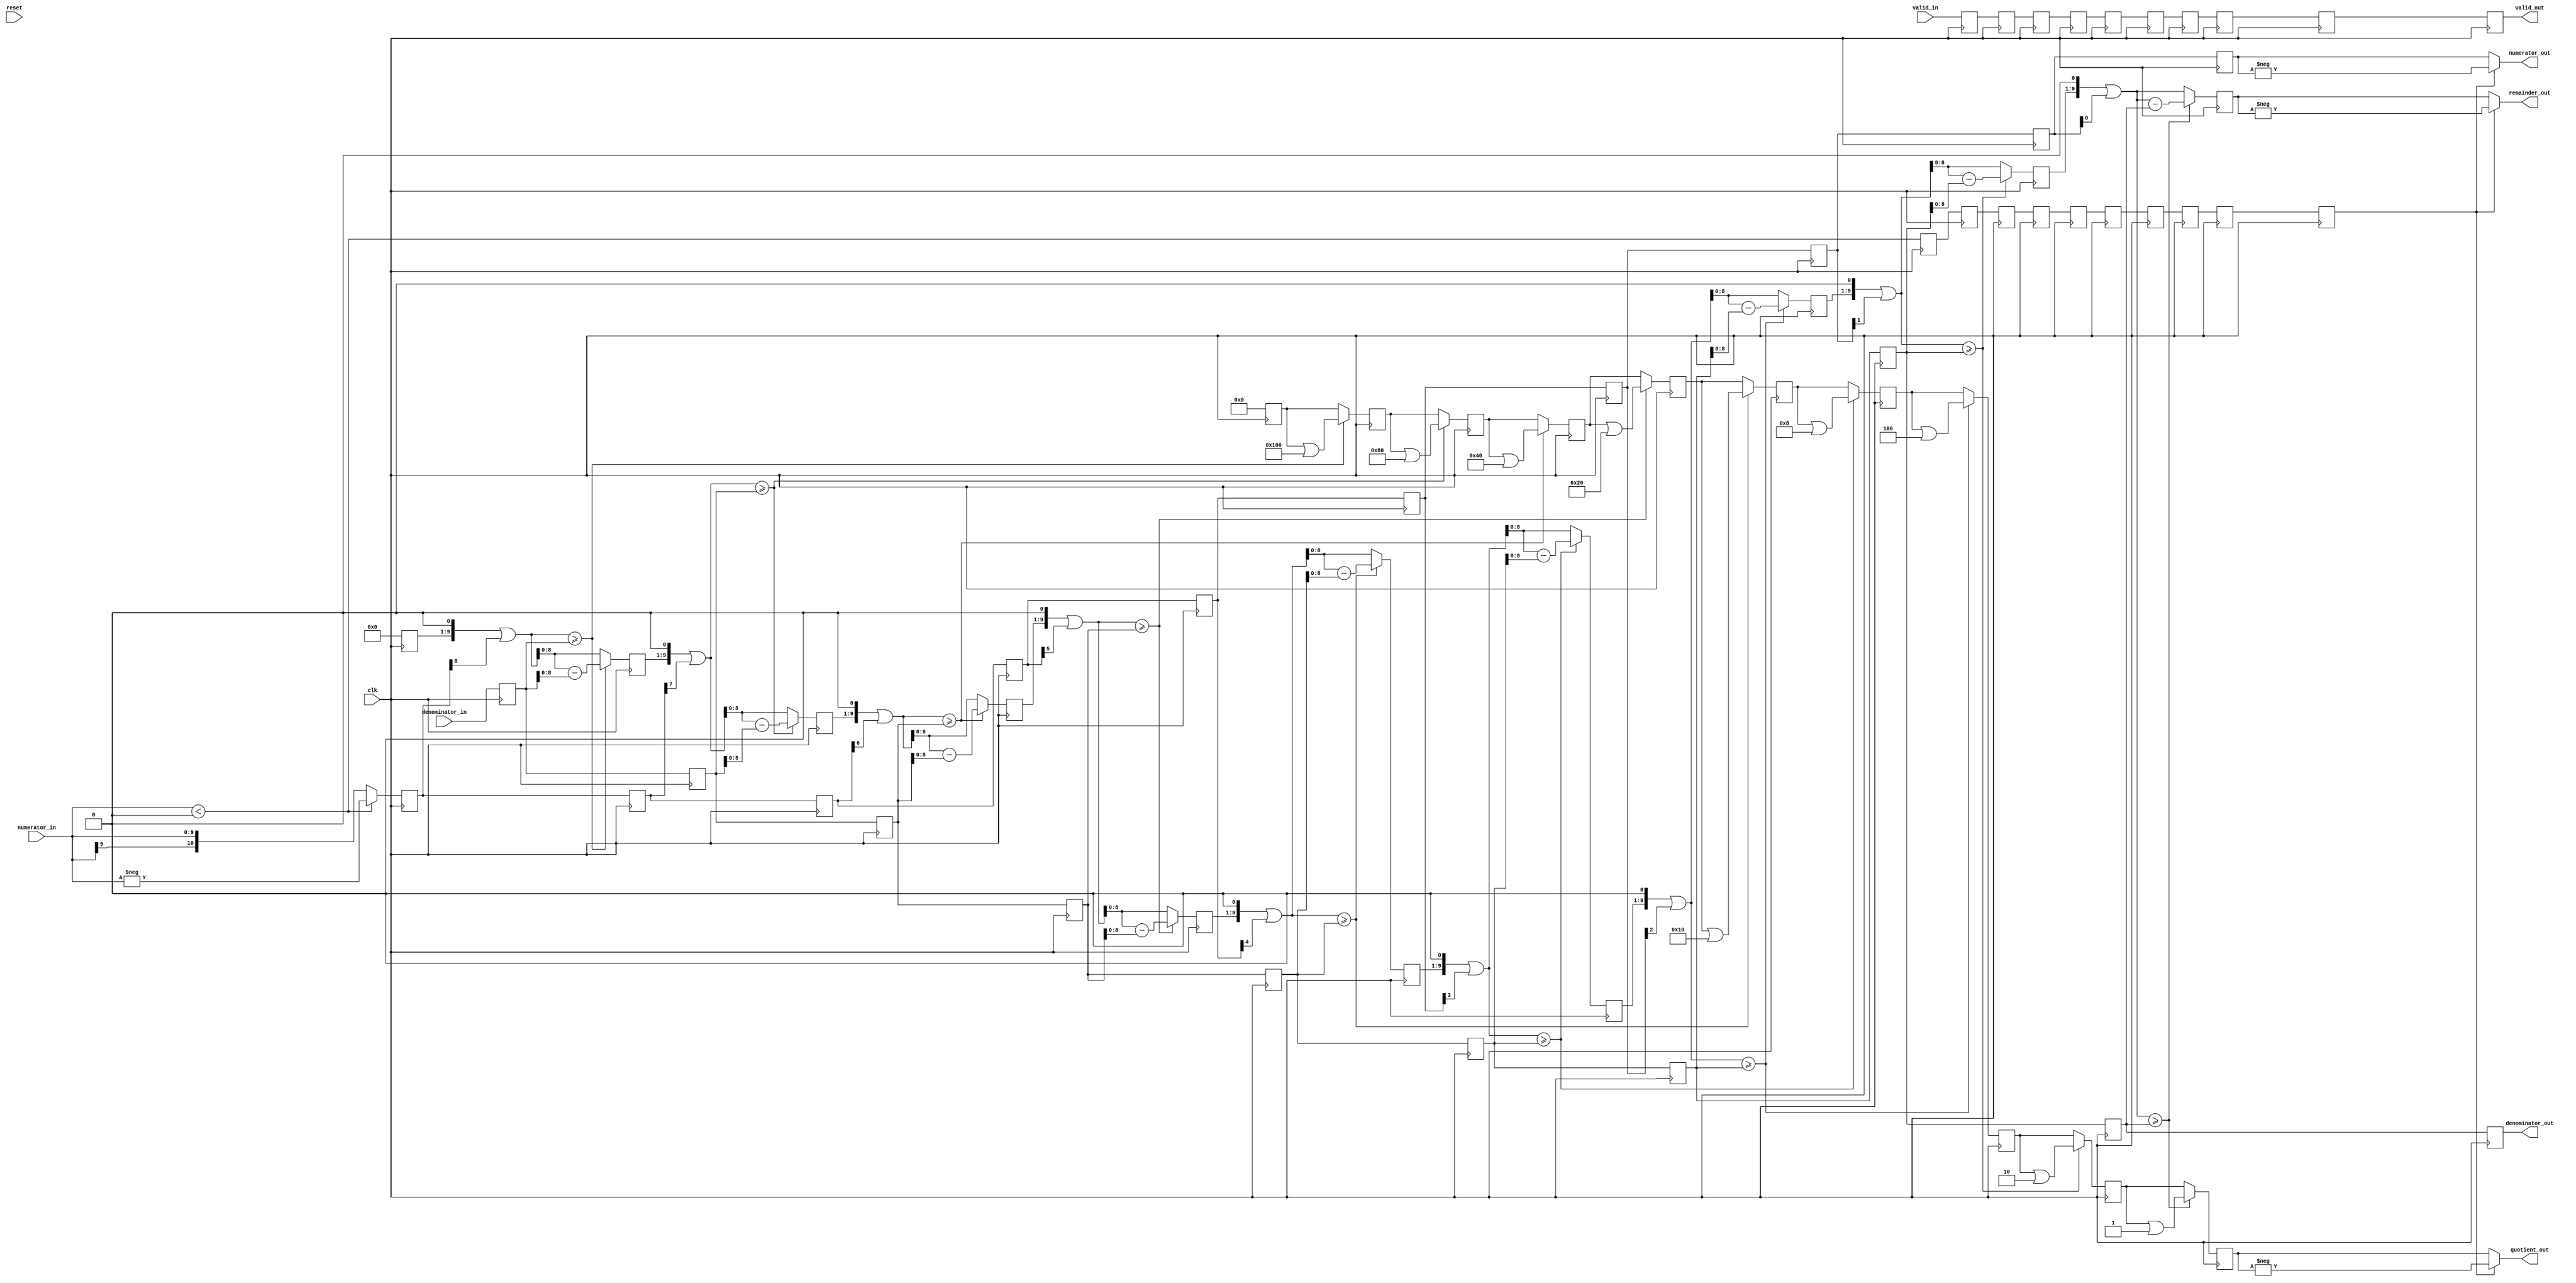
module ldiv #
  (
   parameter 	NUMERATOR_WIDTH = 10,
   parameter 	DENOMINATOR_WIDTH = 10,
   parameter 	QUOTIENT_WIDTH = 10 
   )
   (
    input 				      clk,
    input 				      reset,
    input signed [NUMERATOR_WIDTH - 1:0]      numerator_in,
    input [DENOMINATOR_WIDTH - 1:0] 	      denominator_in,
    input 				      valid_in,
    output signed [QUOTIENT_WIDTH - 1:0]      quotient_out,
    output signed [NUMERATOR_WIDTH - 1:0]     remainder_out,
    output 				      valid_out,
    output signed [NUMERATOR_WIDTH - 1 + 1:0] numerator_out,
    output [DENOMINATOR_WIDTH - 1:0] 	      denominator_out
    );

   localparam LATENCY = NUMERATOR_WIDTH;

   reg signed [LATENCY - 1 + 1:0] 	      numerator [LATENCY - 1:0];
   reg [DENOMINATOR_WIDTH - 1:0] 	      denominator [LATENCY - 1:0];
   reg [QUOTIENT_WIDTH - 1:0] 		      quotient [LATENCY - 1:0];
   reg [NUMERATOR_WIDTH - 1:0] 		      remainder [LATENCY - 1:0];
   reg 					      valid [LATENCY - 1:0];
   reg [LATENCY - 1:0] 			      numerator_negative;

   wire [LATENCY - 1:0] 		      remainder_next [LATENCY - 1:0];

   assign quotient_out = numerator_negative[LATENCY - 1] ? -quotient[LATENCY - 1] : quotient[LATENCY - 1];
   assign remainder_out = numerator_negative[LATENCY - 1] ? -remainder[LATENCY - 1] : remainder[LATENCY - 1];
   assign valid_out = valid[LATENCY - 1];

   assign numerator_out = numerator_negative[LATENCY - 1] ? -numerator[LATENCY - 1] : numerator[LATENCY - 1];
   assign denominator_out = denominator[LATENCY - 1];

   genvar 				      i;

   generate
      for (i = 0; i < LATENCY; i = i + 1)
	begin
	   assign remainder_next[i] = i > 0 ? (remainder[i - 1] << 1) | numerator[i - 1][LATENCY - i - 1] : 0;

	   always @(posedge clk)
	     if (i == 0)
	       begin
		  quotient[i] <= 0;
		  remainder[i] <= 0;
		  denominator[i] <= denominator_in;
		  numerator[i] <= numerator_in < 0 ? -numerator_in : numerator_in;
		  numerator_negative[i] <= numerator_in < 0;
		  valid[i] <= valid_in;
	       end
	     else
	       begin
		  if (remainder_next[i] >= denominator[i - 1])
		    begin
		       remainder[i] <= remainder_next[i] - denominator[i - 1];
		       quotient[i] <= quotient[i - 1] | (1 << LATENCY - i - 1);
		    end
		  else
		    begin
		       remainder[i] <= remainder_next[i];
		       quotient[i] <= quotient[i - 1];
		    end
		  denominator[i] <= denominator[i - 1];
		  numerator[i] <= numerator[i - 1];
		  numerator_negative[i] <= numerator_negative[i - 1];
		  valid[i] <= valid[i - 1];
	       end
	end
   endgenerate

endmodule